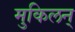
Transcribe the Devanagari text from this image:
मुकिलन्